Cholera in India, 1862 to 1881
Year: 1862
Disease focus: Cholera
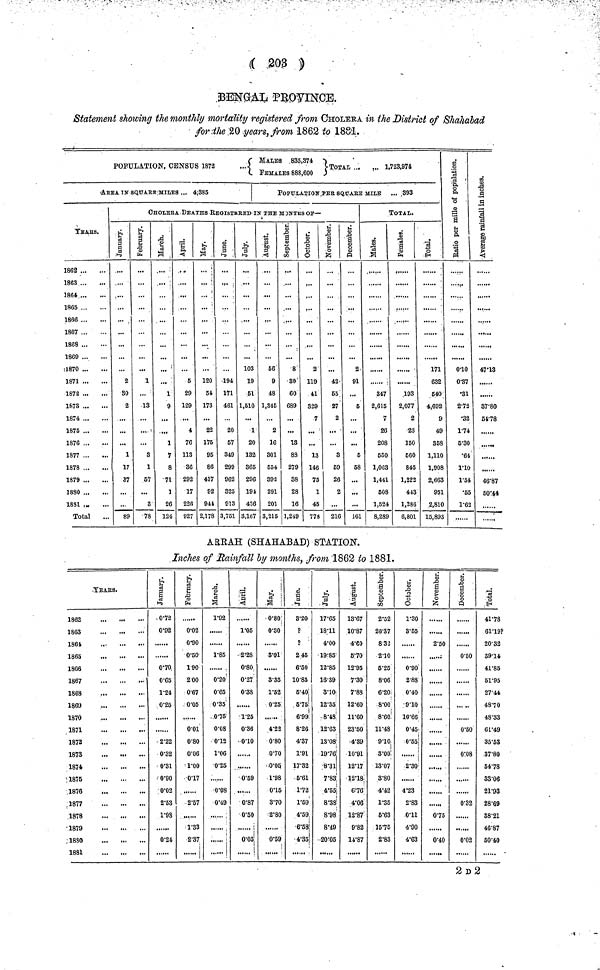
( 203 )
BENGAL PROVINCE.
Statement showing the monthly mortality registered from CHOLERA in the District of Shahalad
for the 20 years, from 1862 to 1881.
( MALES 835.374
POPULATION, CENSUS 1872
...
TOTAL
1,723,974
FEMALES 888,600
AREA IN SQUARE MILES ... 4;385
YEARS.
1862
1863
1864
1865
1866
1867
1868
1869
1870
1871
1872
1S73
1874
1875
1876
1877
1878
1879
1880
1881 .....
Total
POPULATION PER SQUARE MILE ... 393
CHOLERA DEATHS REGISTERED IN THE MONTHS OF—
January.
2
30
2
1
17
37
89
February.
1
13
3
1
67
3
78
March.
...
1
9
1
7
8
71
1
26
124
April.
5
29
129
4
76
113
36
292
17
226
927
May.
120
54
173
22
175
95
86
417
92
944
2,178
June
194
171
461
20
57
349
299
962
325
913
3,751
July
103
19
61
1,510
1
20
132
365
296
191
436
3,167
August
56
9
48
1,345
2
16
301
554
392
291
201
3,215
September.
.
8
30
60
689
13
83
279
38
28
16
1,249
Octomber.
2
119
41
329
7
...
13
146
75
1
45
778
November.
...
42
55
27
2
3
59
26
2
...
216
December.
2
91
...
5
...
...
5
58
...
...
161
TOTAL.
Males.
347
2,615
7
26
208
550
1,063
1,441
508
1,524
8,289
Females.
193
2,077
2
23
150
560
845
1,222
443
1,286
6,801
Total.
171
632
540
4,692
9
49
358
1,110
1,908
2,663
951
2,810
15,893
Ratio per miles of
population.
010
0·37
•31
2·72
•32
1·74
5·30
·64
1·10
1·54
•55
1·62
Average rainfall in
inches.
4713
37·80
54·78
46·87
50·44
ARRAH (SHAHABAD) STATION.
Inches of Rainfall by months, from 1862 to 1881.
TEARS.
1862
1863
1864
1865
1866
1867
1868
1869
1870
1871
1872
1873
1874
1875
1876
1877
1878
1879
1880
1881
January.
0·72
0·92
0·70
0·65
1·24
0·25
2·22
0·32
0·31
0·90
0·02
2·53
1·98
0·24
February.
0·02
0·90
0·50
190
2 00
0·67
0·05
0·01
0·80
0·06
1·00
0·17
2·57
1·33
2·37
March.
1·92
1·85
0·20
0·65
0·35
0·75
0·08
0·12
1·06
0·25
0·08
0·49
April.
1·05
2·28
0·80
0·27
0·38
......
1·25
0·36
0·10
0·59
0·87
0·50
0·05
May.
0·80
0·30
3·91
3·35
1·52
0·25
4·22
0·80
0·70
0·05
1·98
0·15
3·70
2·80
0·59
June.
3·20
P
P
2 45
6·50
10·85
5·40
5·75
6·99
8·26
4·37
1·91
17·32
5·61
1·72
1·59
4·59
6·53
4·35
July.
17·65
18·11
4·00
19·85
12·85
16·39
3·10
12·35
8·48
12·63
13·08
19·76
8·31
7·83
4·55
8·38
8·98
8·49
20·05
August.
13·67
10·87
4·/ill/0
5·70
12·95
7·30
7·88
12·60
11·60
23·50
4·89
10·91
12·17
12·18
6·76
4·06
12·87
9·82
14·87
September.
2·52
26·37
8 32
2·10
5·25
8·06
6·20
8·00
8·60
11·48
9·10
3·00
13·.07
3·80
4·42
1·35
5·63
15·75
2·83
Octomber.
1·30
3·55
0·90
2·88
0·40
9·10
10·66
0·45
0·55
2·30
4·23
2·83
0·11
4·90
4·63
November.
2·50
0·75
0·40
December.
0·50
0·50
0·08
0·32
0·02
Total.
41·78
61·19P
20·32
39·14
41·85
61·95
27·44
48·70
48·33
61·49
35·53
37·80
54·78
33·06
21·93
28·69
38·21
46·87
50·40
2 D 2